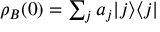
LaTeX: \textstyle \rho _ { B } ( 0 ) = \sum _ { j } a _ { j } | j \rangle \langle j |